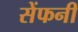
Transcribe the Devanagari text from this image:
सेंफनी